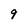
Character: 9